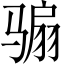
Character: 骟